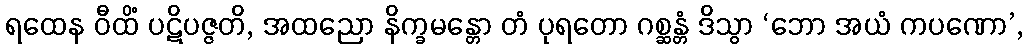
ရထေန ဝီထိံ ပဋိပဇ္ဇတိ, အထညော နိက္ခမန္တော တံ ပုရတော ဂစ္ဆန္တံ ဒိသွာ ‘ဘော အယံ ကပဏော’,